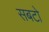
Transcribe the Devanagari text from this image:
सबटो